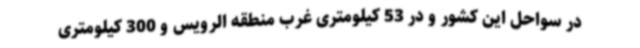
در سواحل این کشور و در 53 کیلومتری غرب منطقه الرویس و 300 کیلومتری